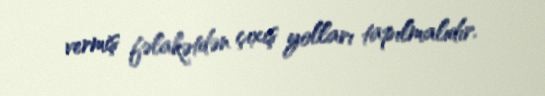
vermiş fəlakətdən çıxış yolları tapılmalıdır.